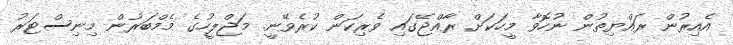
އެއިރުން ރައްޔިތުން ނުހޮވާ މީހަކަށް ރާއްޖޭގައި ވެރިކަން ކުރެވޭނީ. މަޖްލީހުގެ މެމްބަރުން މިނިސްޓަރު